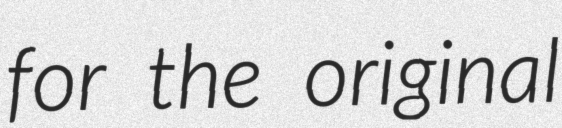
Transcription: for the original